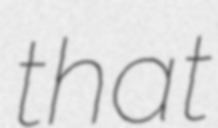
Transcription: that